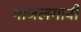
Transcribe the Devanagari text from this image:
माजलगावी